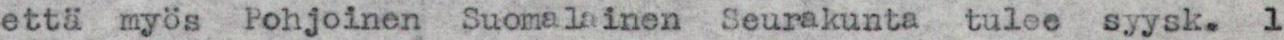
että myös Pohjoinen Suomalainen Seurakunta tulee syysk. 1